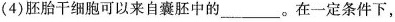
(4)胚胎干细胞可以来自囊胚中的___。在一定条件下，